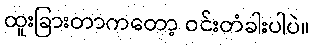
ထူးခြားတာကတော့ ဝင်းတံခါးပါပဲ။